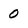
Character: 0